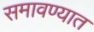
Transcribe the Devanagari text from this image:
समावण्यात